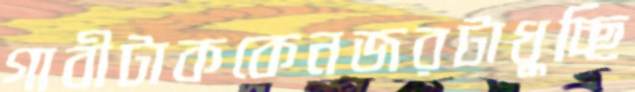
গাবীটাককেনজরটাধুচ্ছি